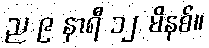
ည ၉ နာရီ ၁၂ မိနစ်။